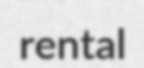
rental